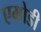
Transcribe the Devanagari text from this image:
एमोडी